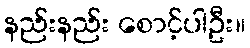
နည်းနည်း စောင့်ပါဦး။